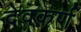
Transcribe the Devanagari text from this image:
देवकर्ण